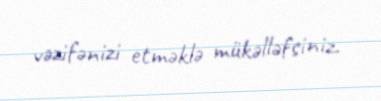
vəzifənizi etməklə mükəlləfsiniz.